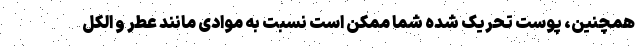
همچنین، پوست تحریک شده شما ممکن است نسبت به موادی مانند عطر و الکل